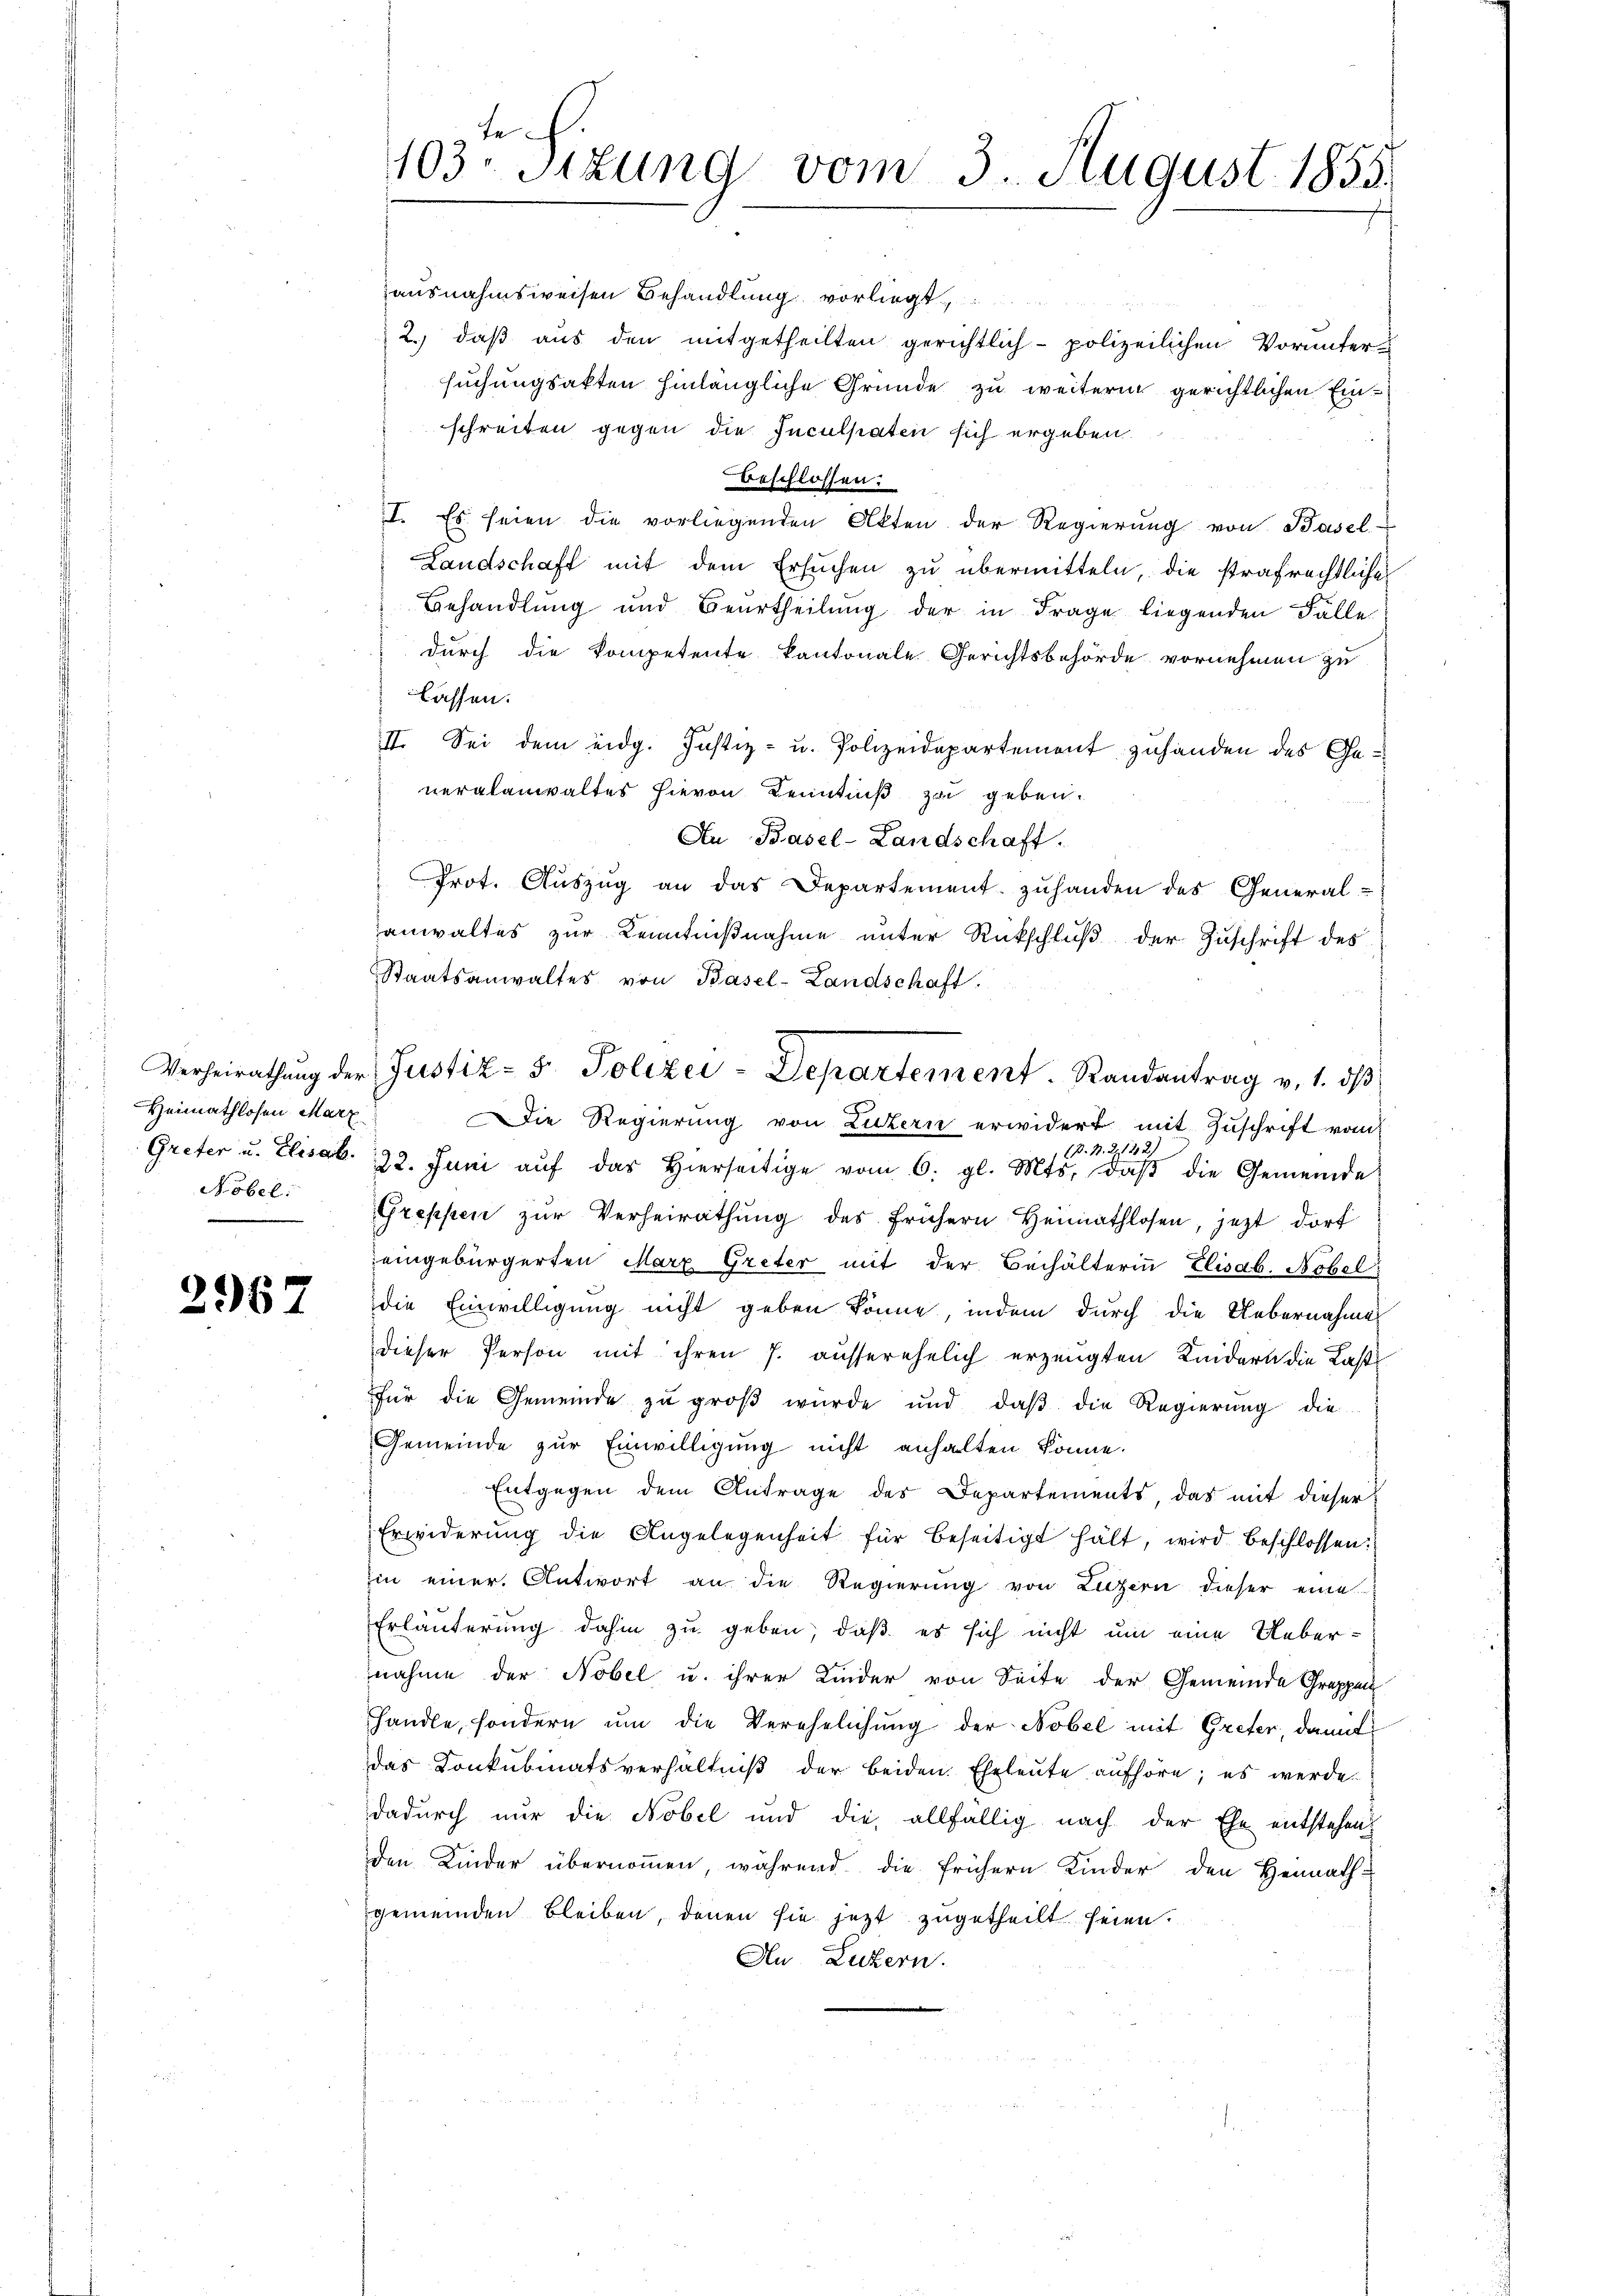
Heimathlosen Marz

2967

ausnahmsweisen Behandlung vorliegt
2. daβ aŭs den mitgetheilten gerichtlich polizeilichen Vorunter-
suchungsakten hinlängliche Gründe zu weiterm gerichtlichen Einschreiten gegen die Inculpaten sich ergeben
beschlossen:
I. Es seien die vorliegenden Akten der Regierung von Basel-
Landschaft mit dem Ersuchen zu übermitteln, die strafrechtliche
Behandlung und Beurtheilung der in Frage liegenden Fälle
durch die Kompetente kantonale Gerichtsbehörde vornehmen zu
lassen.
II. Sei dem eidg. Justiz- u. Polizeidepartement zuhanden des Generalanwaltes hievon Kenntniß zu geben.
An Basel-Landschaft.
Prot. Aŭszŭg an das Departement zŭ handen des General-
anwaltes zur Kenntnißnahme unter Rückschluß der Zuschrift des
Staatsanwaltes von Basel-Landschaft.
Die Regierung von Luzern erwidert mit Zuschrift vom
(B. N. Z. 122.)
Greter u. Elisab. 222. Juni aŭf das hierseitige vom 6. gl. Mts. daβ die Gemeinde
Nobel. Greppen zŭr Verheirathŭng des frühern Heimathlosen, jezt dort
eingebürgerten Marz Greter mit der Beihälterin Elisab. Nobel
die Einwilligung nicht geben könne, indem durch die Uebernahme
dieser Person mit ihren 7. ausserehelich erzeugten Kindern die Last
für die Gemeinde zu groβ wŭrde und daβ die Regierŭng die
Gemeinde zur Einwilligung nicht anhalten könne.
Entgegen dem Antrage des Departements, das mit dieser
Erwiderŭng die Angelegenheit für beseitigt hält, wird beschlossen:
Ein einer Antwort an die Regierŭng von Luzern dieser eine
Erläuterung dahin zu geben, daß es sich nicht um eine Uebernahme der Nobel u. ihrer Kinder von Seite der Gemeinde Gruppen
handle, sondern ŭm die Verehelichung der Nobel mit Greter, damit
das Konkubinatsverhältniß der beiden. Eheleute aufhöre; es werde.
dadurch nur die Nobel und die allfällig nach der Ehe entstehen,
den Kinder übernommen, während die frühern Kinder den Heimath-
gemeinden bleiben, denen sie jezt zugetheilt seien.
Au Luzern.

te.
103. Sitzung vom 3. August 1855.

Verheirathŭng der Justiz- & Polizei-Departement. Randantrag v. 1. dβ